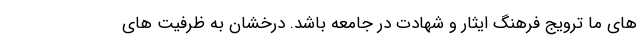
های ما ترویج فرهنگ ایثار و شهادت در جامعه باشد. درخشان به ظرفیت های